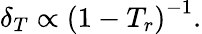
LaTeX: \delta_{T}\propto{(1-T_{r})}^{-1}.